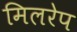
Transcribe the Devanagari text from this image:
मिलरेप